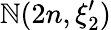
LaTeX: \mathbb{N}(2n,\xi_{2}^{\prime})